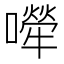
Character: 𡁆